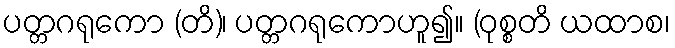
ပတ္တဂရုကော (တိ)၊ ပတ္တဂရုကောဟူ၍။ (ဝုစ္စတိ ယထာစ၊